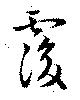
覆